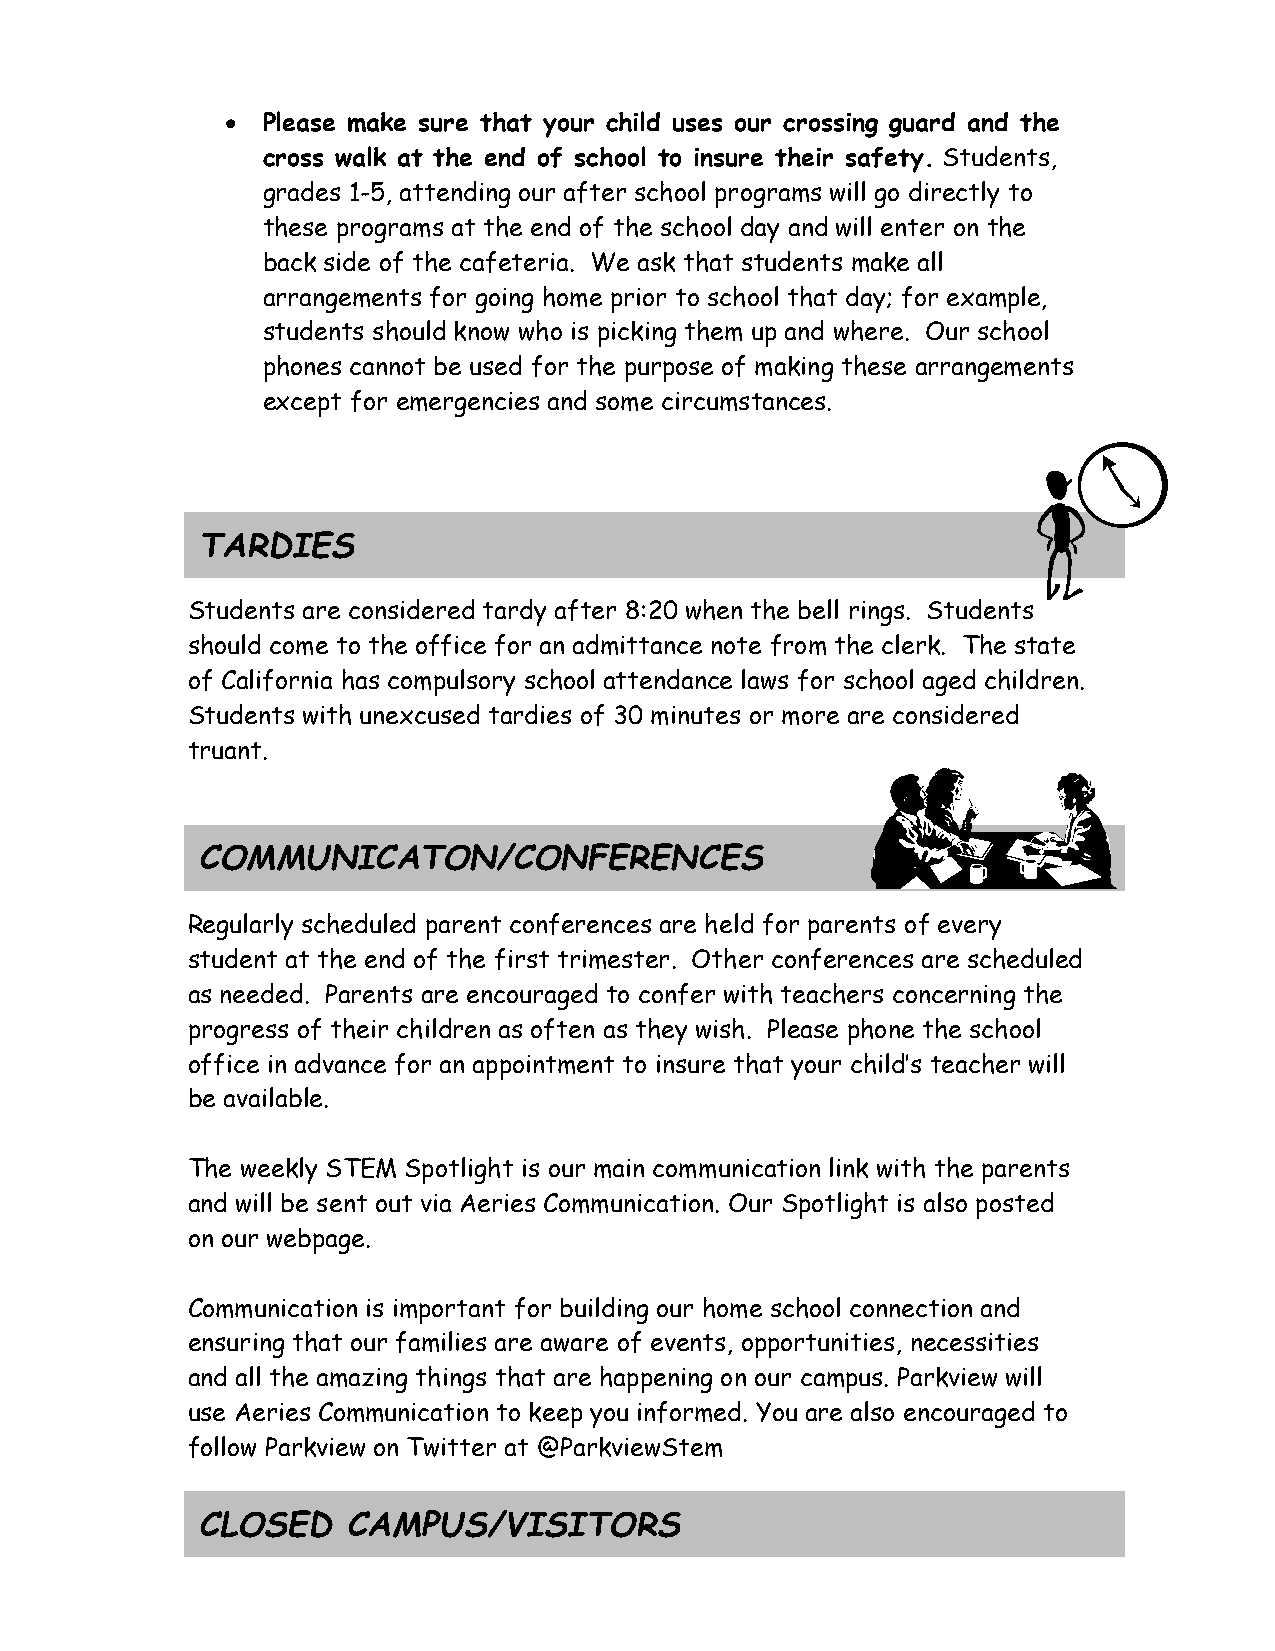
 Please make sure that your child uses our crossing guard and the
 cross walk at the end of school to insure their safety. Students,
 grades 1-5, attending our after school programs will go directly to
 these programs at the end of the school day and will enter on the
 back side of the cafeteria. We ask that students make all
 arrangements for going home prior to school that day; for example,
 students should know who is picking them up and where. Our school
 phones cannot be used for the purpose of making these arrangements
 except for emergencies and some circumstances.
 TARDIES
 Students are considered tardy after 8:20 when the bell rings. Students
 should come to the office for an admittance note from the clerk. The state
 of California has compulsory school attendance laws for school aged children.
 Students with unexcused tardies of 30 minutes or more are considered
 truant.
 COMMUNICATON/CONFERENCES
 Regularly scheduled parent conferences are held for parents of every
 student at the end of the first trimester. Other conferences are scheduled
 as needed. Parents are encouraged to confer with teachers concerning the
 progress of their children as often as they wish. Please phone the school
 office in advance for an appointment to insure that your child’s teacher will
 be available.
 The weekly STEM Spotlight is our main communication link with the parents
 and will be sent out via Aeries Communication. Our Spotlight is also posted
 on our webpage.
 Communication is important for building our home school connection and
 ensuring that our families are aware of events, opportunities, necessities
 and all the amazing things that are happening on our campus. Parkview will
 use Aeries Communication to keep you informed. You are also encouraged to
 follow Parkview on Twitter at @ParkviewStem
 CLOSED    CAMPUS/VISITORS
 7-30-19